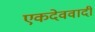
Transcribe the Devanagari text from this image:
एकदेववादी